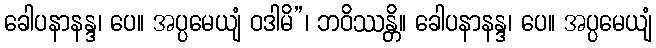
ခေါပနာနန္ဒ၊ ပေ။ အပ္ပမေယျံ ဝဒါမိ”၊ ဘဝိဿန္တိ။ ခေါပနာနန္ဒ၊ ပေ။ အပ္ပမေယျံ